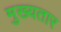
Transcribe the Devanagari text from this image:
मुख्यतार